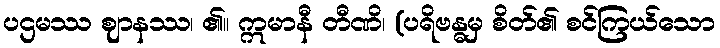
ပဌမဿ ဈာနဿ၊ ၏။ ဣမာနီ တီဏိ၊ (ပရိဗန္ဓမှ စိတ်၏ စင်ကြယ်သော